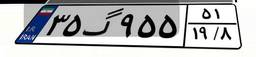
۶۴گ۵۸۵۴۰